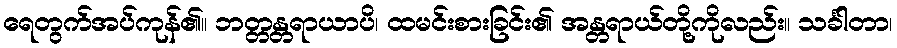
ရေတွက်အပ်ကုန်၏။ ဘတ္တန္တရာယာပိ၊ ထမင်းစားခြင်း၏ အန္တရာယ်တို့ကိုလည်း။ သင်္ခါတာ၊